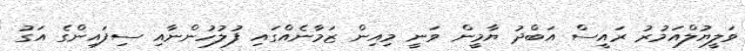
ވަލީޔުލްއަމުރު ރައީސް އަބްދު ޔާމީން ވަނީ މިއިން ޒަމާނެއްގައި ފުލުހުންނާއި ސިފައިންގެ އަގު